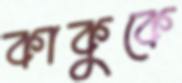
কাকুকে